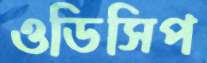
ওডিসিপ